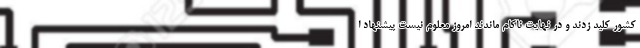
کشور کلید زدند و در نهایت ناکام ماندند امروز معلوم نیست پیشنهاد ا